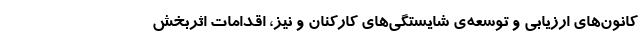
کانون‌های ارزیابی و توسعه‌ی شایستگی‌های کارکنان و نیز، اقدامات اثربخش